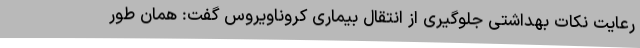
رعایت نکات بهداشتی جلوگیری از انتقال بیماری کروناویروس گفت: همان طور